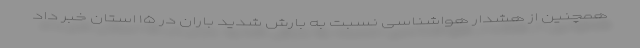
همچنین از هشدار هواشناسی نسبت به بارش شدید باران در ۱۵ استان خبر داد